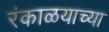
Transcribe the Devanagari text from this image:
रंकाळयाच्या